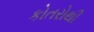
કોતરોથી